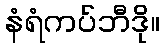
နံရံကပ်ဘီဒို။